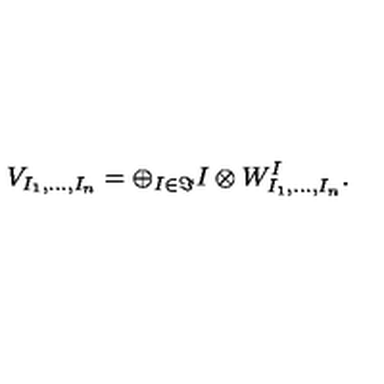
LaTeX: V _ { I _ { 1 } , \dots , I _ { n } } = \oplus _ { I \in \Im } I \otimes W _ { I _ { 1 } , \dots , I _ { n } } ^ { I } .